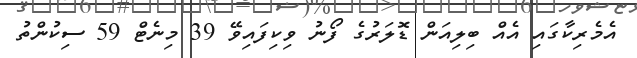
އެމެރިކާގައި އެއް ބިލިއަން ޑޮލަރުގެ ފޯނު ވިކިފައިވޭ 39 މިނެޓް 59 ސިކުންތު